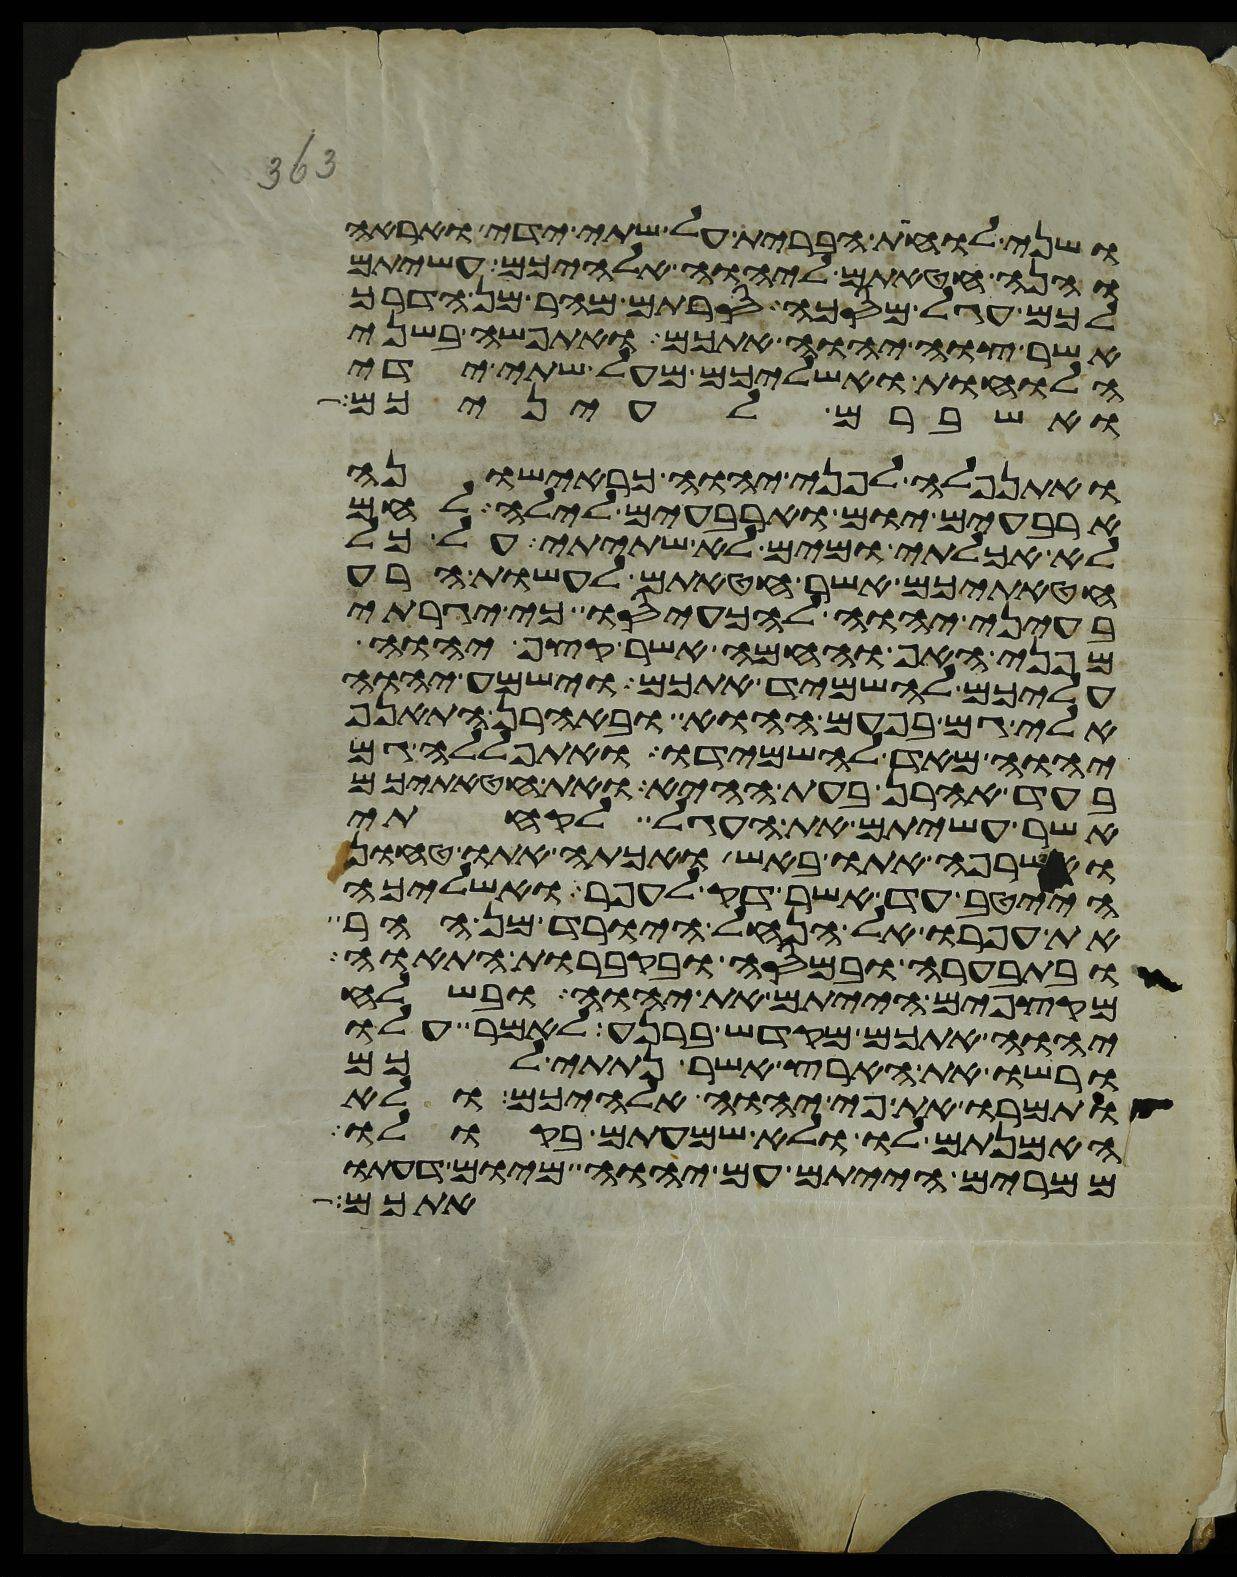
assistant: ושני לוחת הברית על שתי ידי ואראה
והנה חטאתם ליהוה אלהיכם עשיתם
לכם עגל מסכה סרתם מהר מן הדרך
אשר צוה יהוה אתכם ואתפשה בשני
הלוחות ואשליכם מעל שתי ידי
ואשברם לעיניכם
ואתנפלה לפני יהוה כראישונה
ארבעים יום וארבעים לילה לחם
לא אכלתי ומים לא שתיתי על כל
חטאתיכם אשר חטאתם לעשות הרע
בעיני יהוה להכעיסו כי יגרתי
מפני האף והחמה אשר קצף יהוה
עליכם להשמיד אתכם וישמע יהוה
אלי גם בפעם ההוא ובאהרן התאנף
יהוה מאד להשמידו ואתפללה גם
בעד אהרן בעת ההיא ואת חטאתיכם
אשר עשיתם את העגל לקחתי
ואשרפה אתו באש ואכתה אתו טחון
הייטב עד אשר דק לעפר ואשליכה
את עפרו אל הנחל היורד מן ההר
ובתבערה ובמסה ובקברות התאוה
מקצפים הייתם את יהוה ובשלח
יהוה אתכם מקדש ברנע לאמר עלו
ורשו את הארץ אשר נתתי לכם
ותמרו את פי יהוה אלהיכם ולא
האמנתם לו ולא שמעתם בקולו
ממרים הייתם עם יהוה מיום דעתו
אתכם